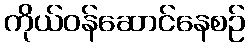
ကိုယ်ဝန်ဆောင်နေစဉ်